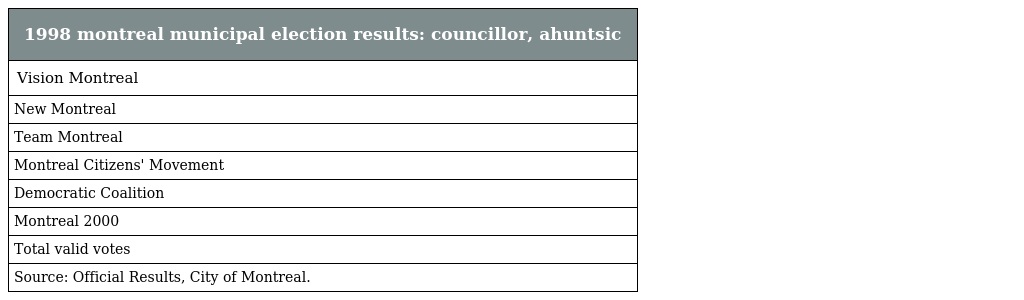
| 1998 montreal municipal election results: councillor, ahuntsic |
 | --- |
 | Vision Montreal |
 | New Montreal |
 | Team Montreal |
 | Montreal Citizens' Movement |
 | Democratic Coalition |
 | Montreal 2000 |
 | Total valid votes |
 | Source: Official Results, City of Montreal. |